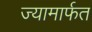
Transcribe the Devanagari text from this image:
ज्यामार्फत